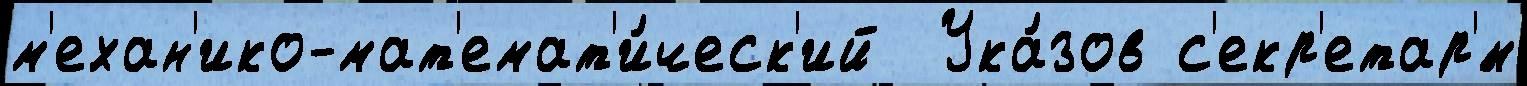
м'ехан'ико-мат'емат'и́ческ'ий  Ука́зов с'екр'етар'́м